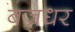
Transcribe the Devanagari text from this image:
बज्रधर